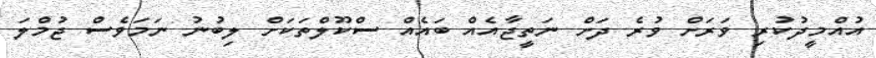
އުއްމީދުކުރި ވަރަށް ވުރެ ދަށް ނަތީޖާއެއް ބައެއް ސްކޫލްތަކަށް ލިބުނު ނަމަވެސް ޖުމްލަ